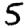
Digit: 5